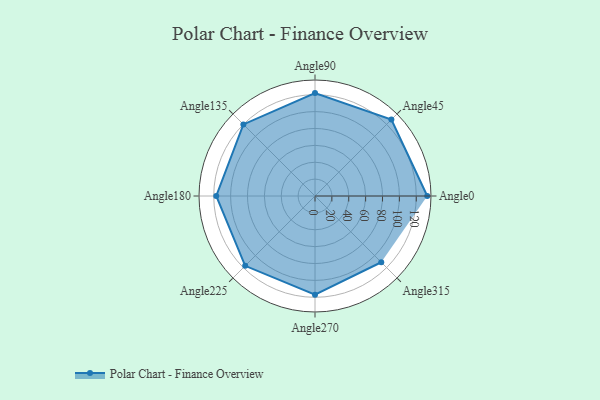
{"axis": {"x": "Angle", "y": "Radius"}, "legend": [""], "data": [{"x": "Angle0", "y": 133.0, "type": ""}, {"x": "Angle45", "y": 128.0, "type": ""}, {"x": "Angle90", "y": 122.0, "type": ""}, {"x": "Angle135", "y": 120.0, "type": ""}, {"x": "Angle180", "y": 117.0, "type": ""}, {"x": "Angle225", "y": 117.0, "type": ""}, {"x": "Angle270", "y": 117.0, "type": ""}, {"x": "Angle315", "y": 111.0, "type": ""}]}